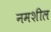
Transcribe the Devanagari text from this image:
नमशील